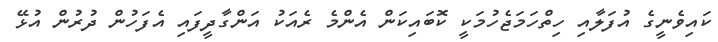
ކައިވެނީގެ އުފަލާއި ހިތްހަމަޖެހުމަކީ ކޮބައިކަން އެންމެ ރެއަކު އަންގާދީފައި އެފަހުން ދުރުން އުޅޭ